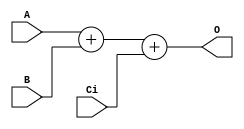
// Unsigned full adder
module full_adder_unsigned #(
  parameter WIDTH = 8
)(A, B, Ci, O);
  input [WIDTH-1:0] A;
  input [WIDTH-1:0] B;
  input Ci;
  output [WIDTH:0] O;

  assign O = A + B + Ci;
endmodule